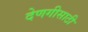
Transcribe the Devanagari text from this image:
देणगीसाठी